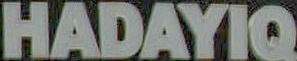
HADAYIQ